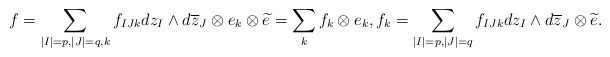
\begin{align*} f=\sum_{|I|=p,|J|=q,k}f_{IJk}dz_I\wedge d\overline{z}_J\otimes e_k\otimes \widetilde{e}=\sum_k f_k \otimes e_k,f_k=\sum_{|I|=p,|J|=q}f_{IJk}dz_I\wedge d\overline{z}_J\otimes \widetilde{e}. \end{align*}